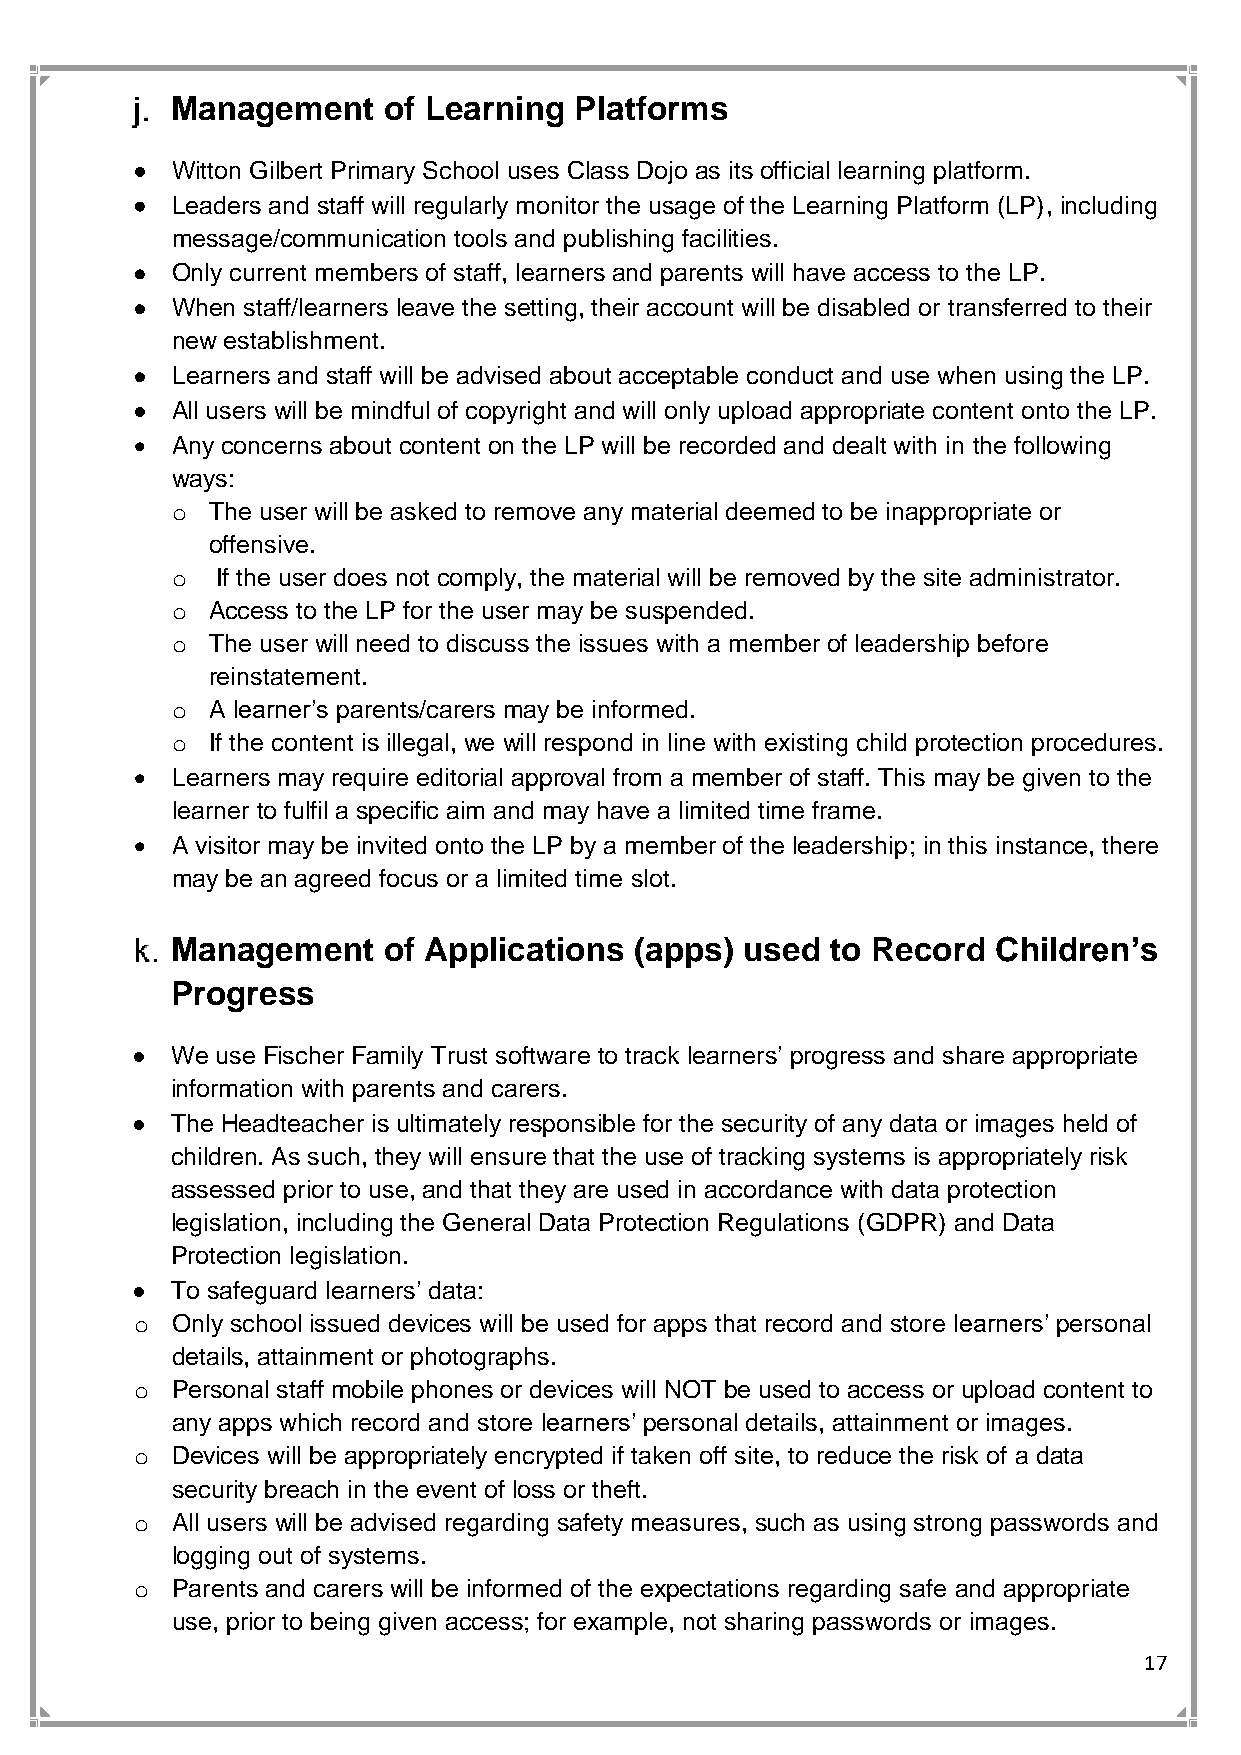
Management    of Learning  Platforms
 • Witton Gilbert Primary School uses Class Dojo as its official learning platform.
 • Leaders and staff will regularly monitor the usage of the Learning Platform (LP), including
 message/communication tools and publishing facilities.
 • Only current members of staff, learners and parents will have access to the LP.
 • When staff/learners leave the setting, their account will be disabled or transferred to their
 new establishment.
 • Learners and staff will be advised about acceptable conduct and use when using the LP.
 • All users will be mindful of copyright and will only upload appropriate content onto the LP.
 • Any concerns about content on the LP will be recorded and dealt with in the following
 ways:
 o  The user will be asked to remove any material deemed to be inappropriate or
 offensive.
 o  If the user does not comply, the material will be removed by the site administrator.
 o  Access to the LP for the user may be suspended.
 o  The user will need to discuss the issues with a member of leadership before
 reinstatement.
 o  A learner’s parents/carers may be informed.
 o  If the content is illegal, we will respond in line with existing child protection procedures.
 • Learners may require editorial approval from a member of staff. This may be given to the
 learner to fulfil a specific aim and may have a limited time frame.
 • A visitor may be invited onto the LP by a member of the leadership; in this instance, there
 may be an agreed focus or a limited time slot.
 Management    of Applications  (apps) used  to Record  Children’s
 Progress
 • We use Fischer Family Trust software to track learners’ progress and share appropriate
 information with parents and carers.
 • The Headteacher is ultimately responsible for the security of any data or images held of
 children. As such, they will ensure that the use of tracking systems is appropriately risk
 assessed prior to use, and that they are used in accordance with data protection
 legislation, including the General Data Protection Regulations (GDPR) and Data
 Protection legislation.
 • To safeguard learners’ data:
 o Only school issued devices will be used for apps that record and store learners’ personal
 details, attainment or photographs.
 o Personal staff mobile phones or devices will NOT be used to access or upload content to
 any apps which record and store learners’ personal details, attainment or images.
 o Devices will be appropriately encrypted if taken off site, to reduce the risk of a data
 security breach in the event of loss or theft.
 o All users will be advised regarding safety measures, such as using strong passwords and
 logging out of systems.
 o Parents and carers will be informed of the expectations regarding safe and appropriate
 use, prior to being given access; for example, not sharing passwords or images.
 17